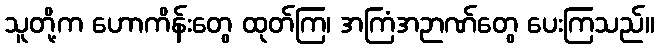
သူတို့က ဟောကိန်းတွေ ထုတ်ကြ၊ အကြံအဉာဏ်တွေ ပေးကြသည်။